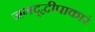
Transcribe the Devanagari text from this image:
जगद्द्वीपाकारं